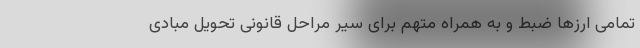
تمامی ارزها ضبط و به همراه متهم برای سیر مراحل قانونی تحویل مبادی